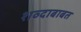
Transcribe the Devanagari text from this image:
शव्दाबाबत